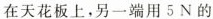
在天花板上，另一端用5N